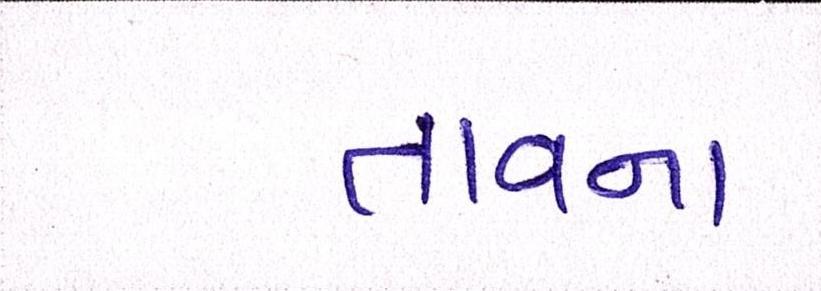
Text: તાવના